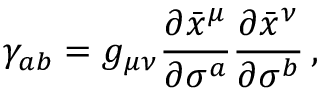
\gamma _ { a b } = g _ { \mu \nu } \frac { \partial \bar { x } ^ { \mu } } { \partial \sigma ^ { a } } \frac { \partial \bar { x } ^ { \nu } } { \partial \sigma ^ { b } } \, ,